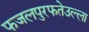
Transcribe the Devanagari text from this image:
फजलपुरफतेउल्ला